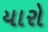
યારો